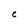
Character: C